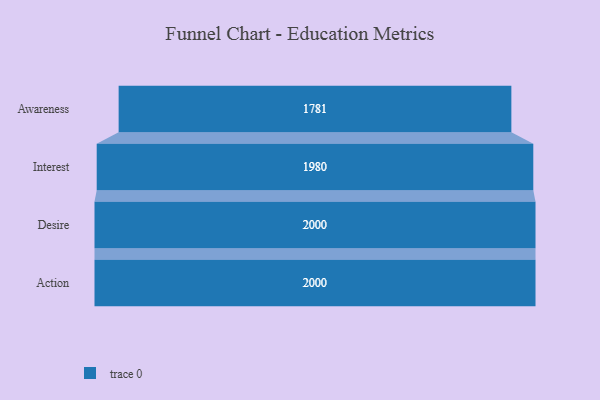
{"axis": {"x": "Stage", "y": "Value"}, "legend": [""], "data": [{"x": "Awareness", "y": 1781.0, "type": ""}, {"x": "Interest", "y": 1980.0, "type": ""}, {"x": "Desire", "y": 2000, "type": ""}, {"x": "Action", "y": 2000, "type": ""}]}